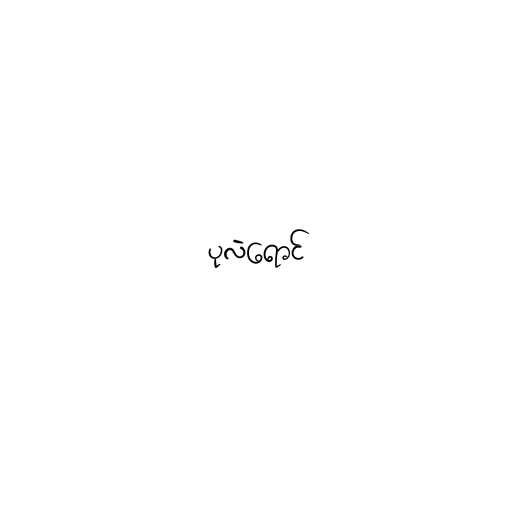
ပုလဲရောင်